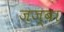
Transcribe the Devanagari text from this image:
ज़ज़्बा